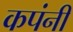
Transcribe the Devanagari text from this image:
कपंनी